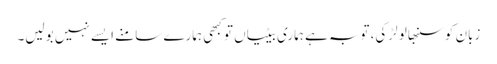
زبان کو سنبھالو لڑکی، توبہ ہے ہماری بیٹیاں تو کبھی ہمارے سامنے ایسے نہیں بولیں۔